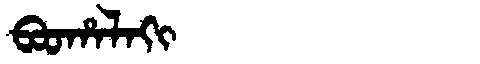
Manchu: ᠪᠣᠣᡥᠠᠯᠠᡴᡳ
Romanization: BOOHALAKI